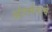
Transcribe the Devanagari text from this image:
अंतर्मनाचे